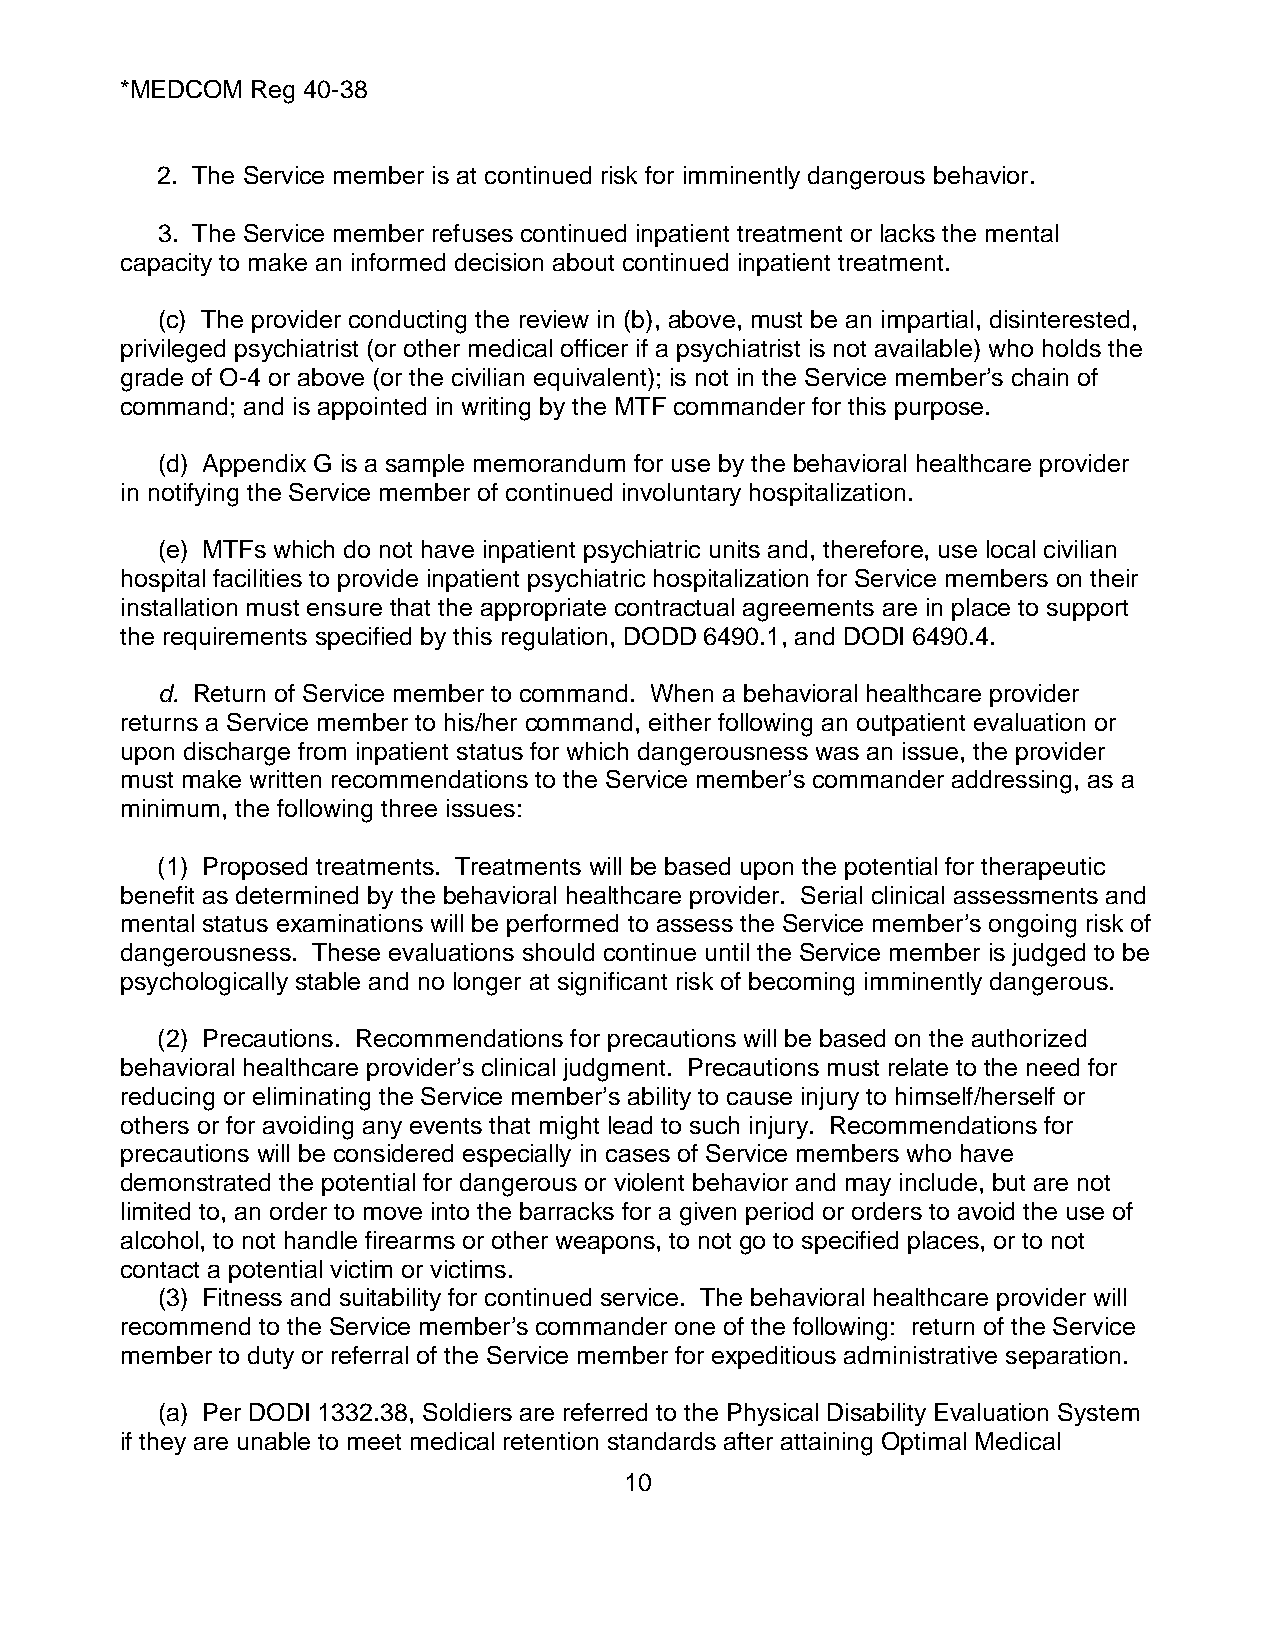
*MEDCOM  Reg 40-38
 2. The Service member is at continued risk for imminently dangerous behavior.
 3. The Service member refuses continued inpatient treatment or lacks the mental
 capacity to make an informed decision about continued inpatient treatment.
 (c) The provider conducting the review in (b), above, must be an impartial, disinterested,
 privileged psychiatrist (or other medical officer if a psychiatrist is not available) who holds the
 grade of O-4 or above (or the civilian equivalent); is not in the Service member’s chain of
 command; and is appointed in writing by the MTF commander for this purpose.
 (d) Appendix G is a sample memorandum for use by the behavioral healthcare provider
 in notifying the Service member of continued involuntary hospitalization.
 (e) MTFs which do not have inpatient psychiatric units and, therefore, use local civilian
 hospital facilities to provide inpatient psychiatric hospitalization for Service members on their
 installation must ensure that the appropriate contractual agreements are in place to support
 the requirements specified by this regulation, DODD 6490.1, and DODI 6490.4.
 d. Return of Service member to command. When a behavioral healthcare provider
 returns a Service member to his/her command, either following an outpatient evaluation or
 upon discharge from inpatient status for which dangerousness was an issue, the provider
 must make written recommendations to the Service member’s commander addressing, as a
 minimum, the following three issues:
 (1) Proposed treatments. Treatments will be based upon the potential for therapeutic
 benefit as determined by the behavioral healthcare provider. Serial clinical assessments and
 mental status examinations will be performed to assess the Service member’s ongoing risk of
 dangerousness. These evaluations should continue until the Service member is judged to be
 psychologically stable and no longer at significant risk of becoming imminently dangerous.
 (2) Precautions. Recommendations for precautions will be based on the authorized
 behavioral healthcare provider’s clinical judgment. Precautions must relate to the need for
 reducing or eliminating the Service member’s ability to cause injury to himself/herself or
 others or for avoiding any events that might lead to such injury. Recommendations for
 precautions will be considered especially in cases of Service members who have
 demonstrated the potential for dangerous or violent behavior and may include, but are not
 limited to, an order to move into the barracks for a given period or orders to avoid the use of
 alcohol, to not handle firearms or other weapons, to not go to specified places, or to not
 contact a potential victim or victims.
 (3) Fitness and suitability for continued service. The behavioral healthcare provider will
 recommend to the Service member’s commander one of the following: return of the Service
 member to duty or referral of the Service member for expeditious administrative separation.
 (a) Per DODI 1332.38, Soldiers are referred to the Physical Disability Evaluation System
 if they are unable to meet medical retention standards after attaining Optimal Medical
 10